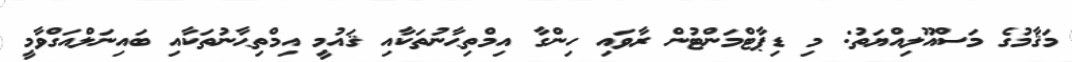
މަޤާމުގެ މަސްއޫލިއްޔަތު: މި ޑިޕާޓްމަންޓުން ރާވައި ހިންގާ އިމްތިޙާނުތަކާއި ޤައުމީ އިމްތިޙާނުތަކާއި ބައިނަލްއަގްވާމީ